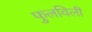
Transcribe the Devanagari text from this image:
फुलविली